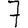
Digit: 7